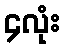
၄လုံး